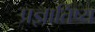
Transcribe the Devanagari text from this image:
प्रज्ञातिष्य